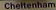
Chettenham